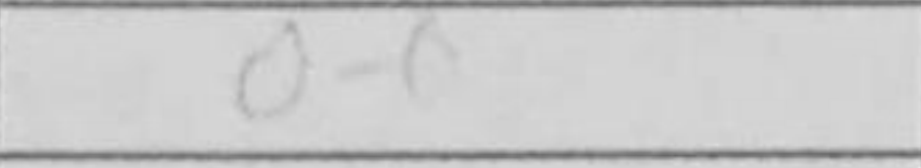
Transcription: O-O